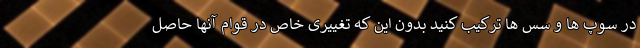
در سوپ ها و سس ها ترکیب کنید بدون این که تغییری خاص در قوام آنها حاصل